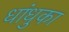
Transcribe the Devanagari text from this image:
धांधुका